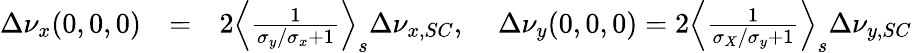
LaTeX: \begin{array}{rlr}{\Delta\nu_{x}(0,0,0)}&{=}&{2\Big\langle\frac{1}{\sigma_{y}/\sigma_{x}+1}\Big\rangle_{s}\Delta\nu_{x,SC},\; \; \; \; \Delta\nu_{y}(0,0,0)=2\Big\langle\frac{1}{\sigma_{X}/\sigma_{y}+1}\Big\rangle_{s}\Delta\nu_{y,SC}}\end{array}